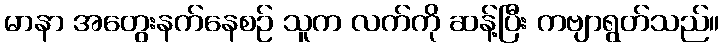
မာနာ အတွေးနက်နေစဉ် သူက လက်ကို ဆန့်ပြီး ကဗျာရွတ်သည်။